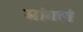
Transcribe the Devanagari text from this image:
मांगलं